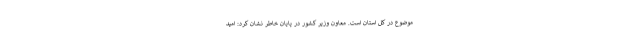
موضوع در کل استان است. معاون وزیر کشور در پایان خاطر نشان کرد: امید